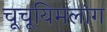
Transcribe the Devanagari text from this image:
चूचूयिमलांग